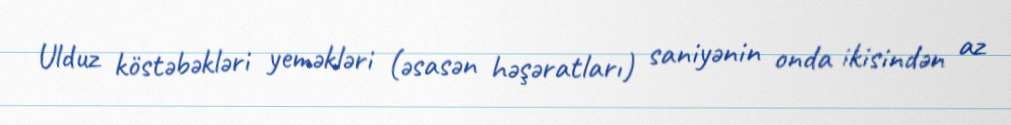
Ulduz köstəbəkləri yeməkləri (əsasən həşəratları) saniyənin onda ikisindən az